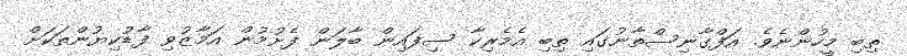
ތިބި މީހުންނެވެ. އަފްގާނިސްތާނުގައި ތިބި އެމެރިކާ ސިފައިން ބާލަން ފެށުމުން އަމާޒުވި ފާޑުކިޔުންތަކަށް